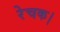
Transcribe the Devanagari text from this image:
रेचक।